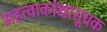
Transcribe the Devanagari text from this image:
महत्वाकांक्षासूचक